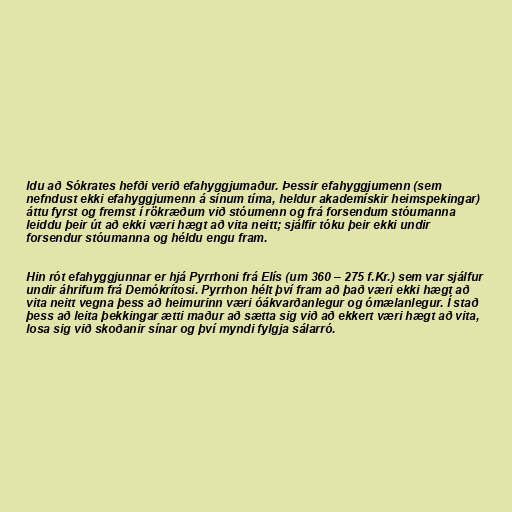
ldu að Sókrates hefði verið efahyggjumaður. Þessir efahyggjumenn (sem
nefndust ekki efahyggjumenn á sínum tíma, heldur akademískir heimspekingar)
áttu fyrst og fremst í rökræðum við stóumenn og frá forsendum stóumanna
leiddu þeir út að ekki væri hægt að vita neitt; sjálfir tóku þeir ekki undir
forsendur stóumanna og héldu engu fram.

Hin rót efahyggjunnar er hjá Pyrrhoni frá Elís (um 360 – 275 f.Kr.) sem var sjálfur
undir áhrifum frá Demókrítosi. Pyrrhon hélt því fram að það væri ekki hægt að
vita neitt vegna þess að heimurinn væri óákvarðanlegur og ómælanlegur. Í stað
þess að leita þekkingar ætti maður að sætta sig við að ekkert væri hægt að vita,
losa sig við skoðanir sínar og því myndi fylgja sálarró.